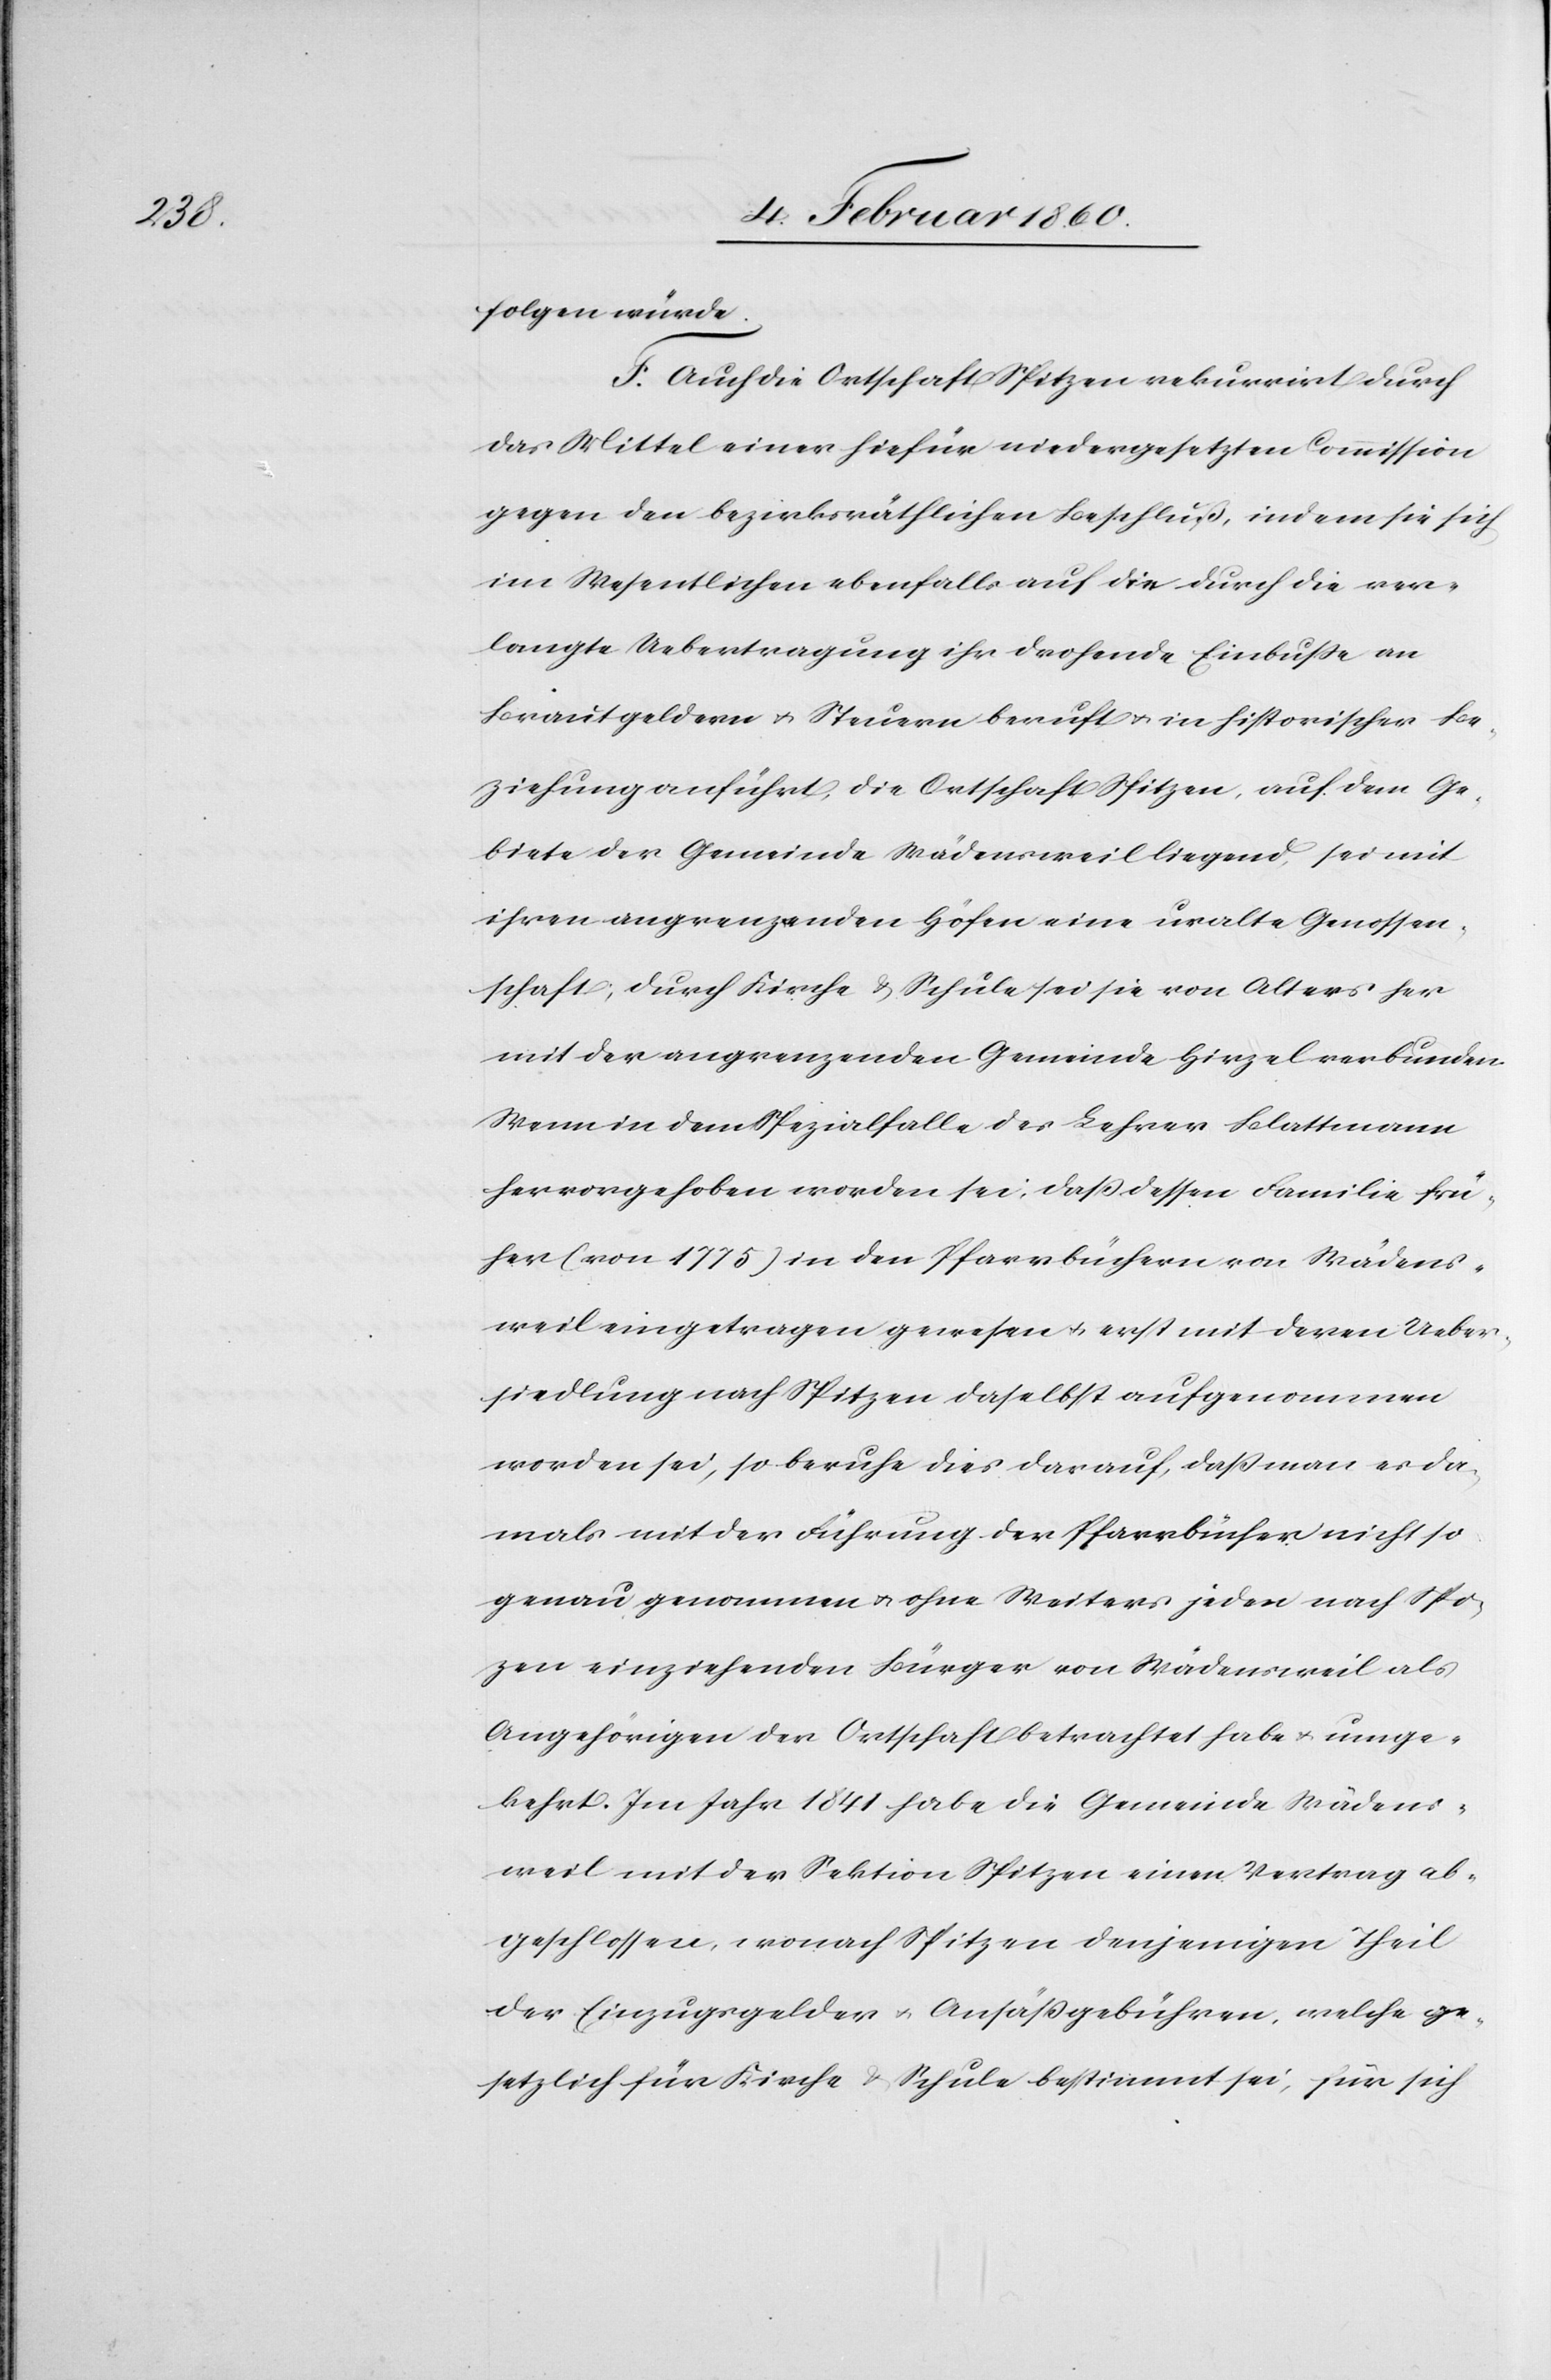
folgen würde.
F. Auch die Ortschaft Spitzen rekurrirt durch
das Mittel einer hiefür niedergesetzten Commission
gegen den bezirksräthlichen Beschluß, indem sie sich
im Wesentlichen ebenfalls auf die durch die ver¬
langte Uebertragung ihr drohende Einbusse an
Brautgeldern u. Steuern beruft u. in historischer Be¬
ziehung anführt, die Ortschaft Spitzen, auf dem Ge¬
biete der Gemeinde Wädensweil liegend, sei mit
ihren angrenzenden Höfen eine uralte Genossen¬
schaft, durch Kirche u. Schule sei sie von Alters her
mit der angrenzenden Gemeinde Hirzel verbunden.
Wenn in dem Spezialfalle der Lehrer Blattmann
hervorgehoben worden sei, dass dessen Familie frü¬
her (von 1775) in den Pfarrbüchern von Wädens¬
weil eingetragen gewesen u. erst mit deren Ueber¬
siedlung nach Spitzen daselbst aufgenommen
worden sei, so beruhe dies darauf, daß man es da¬
mals mit der Führung der Pfarrbücher nicht so
genau genommen u. ohne Weiters jeden nach Spi¬
tzen einziehenden Bürger von Wädensweil als
Angehörigen der Ortschaft betrachtet habe u. umge¬
kehrt. Im Jahr 1841 habe die Gemeinde Wädens¬
weil mit der Sektion Spitzen einen Vertrag ab¬
geschlossen, wonach Spitzen denjenigen Theil
der Einzugsgelder u. Ansäßgebühren, welche ge¬
setzlich für Kirche u. Schule bestimmt sei, für sich